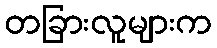
တခြားလူများက